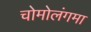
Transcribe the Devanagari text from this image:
चोमोलंगमा